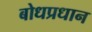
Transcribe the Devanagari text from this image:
बोधप्रधान